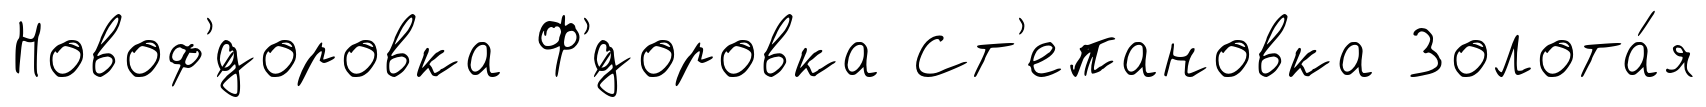
Новоф'́доровка Ф'́доровка Ст'епановка Золота́я